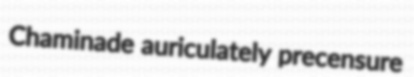
Chaminade auriculately precensure